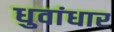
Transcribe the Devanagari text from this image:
धुवांधार